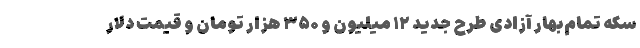
سکه تمام‌بهار آزادی طرح جدید ۱۲ میلیون و ۳۵۰ هزار تومان و قیمت دلار